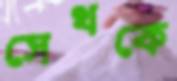
সেথকে